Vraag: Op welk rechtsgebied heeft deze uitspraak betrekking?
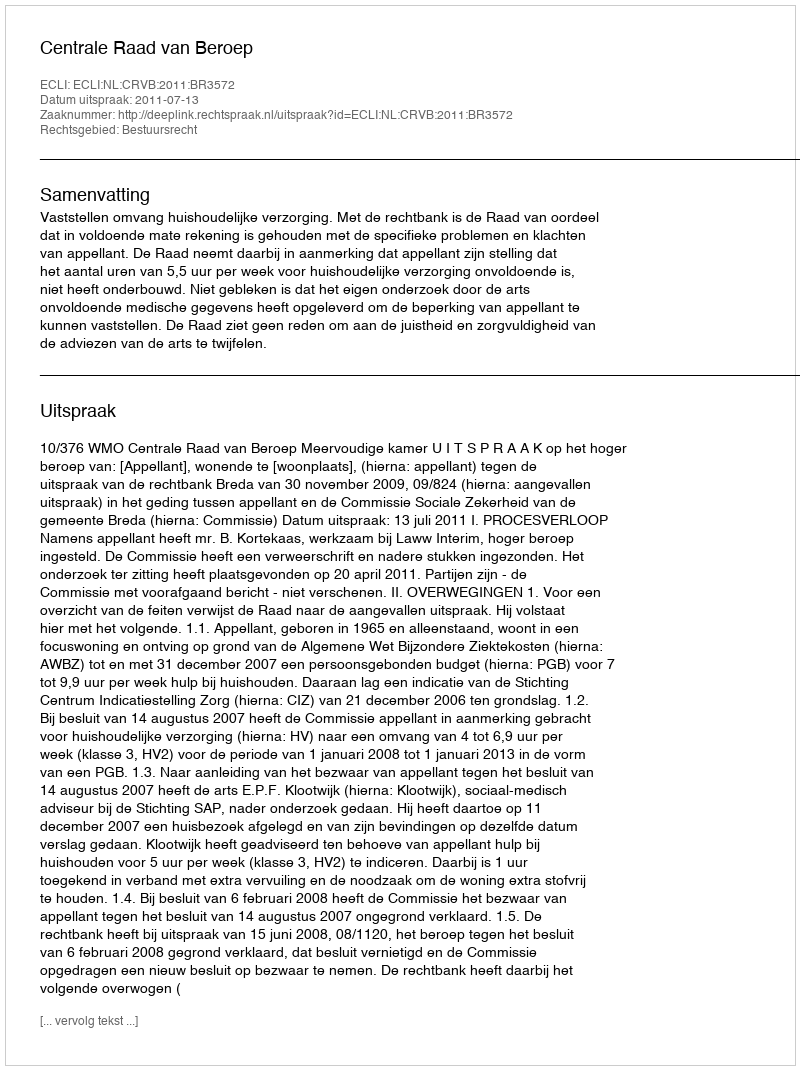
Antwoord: Bestuursrecht